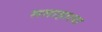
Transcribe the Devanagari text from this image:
सप्ताहाला